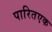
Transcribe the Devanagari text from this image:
पारितएक